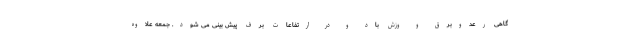
گاهی رعدوبرق و وزش باد و در ارتفاعات برف پیش بینی می شود. جمعه علاوه